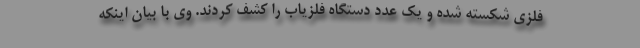
فلزی شکسته شده و یک عدد دستگاه فلزیاب را کشف کردند. وی با بیان اینکه